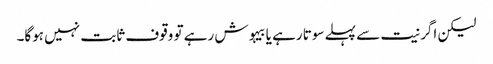
لیکن اگر نیت سے پہلے سوتا رہے یا بیہوش رہے تو وقوف ثابت نہیں ہوگا۔